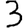
Digit: 3